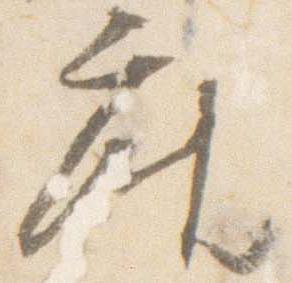
座